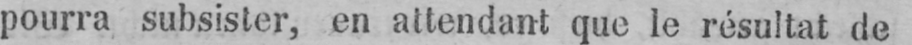
pourra subsister, en attendant que le résultat de